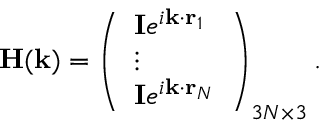
\mathbf { H } ( \mathbf { k } ) = \left( \begin{array} { l } { \mathbf { I } e ^ { i \mathbf { k } \cdot \mathbf { r } _ { 1 } } } \\ { \vdots } \\ { \mathbf { I } e ^ { i \mathbf { k } \cdot \mathbf { r } _ { N } } } \end{array} \right) _ { 3 N \times 3 } .